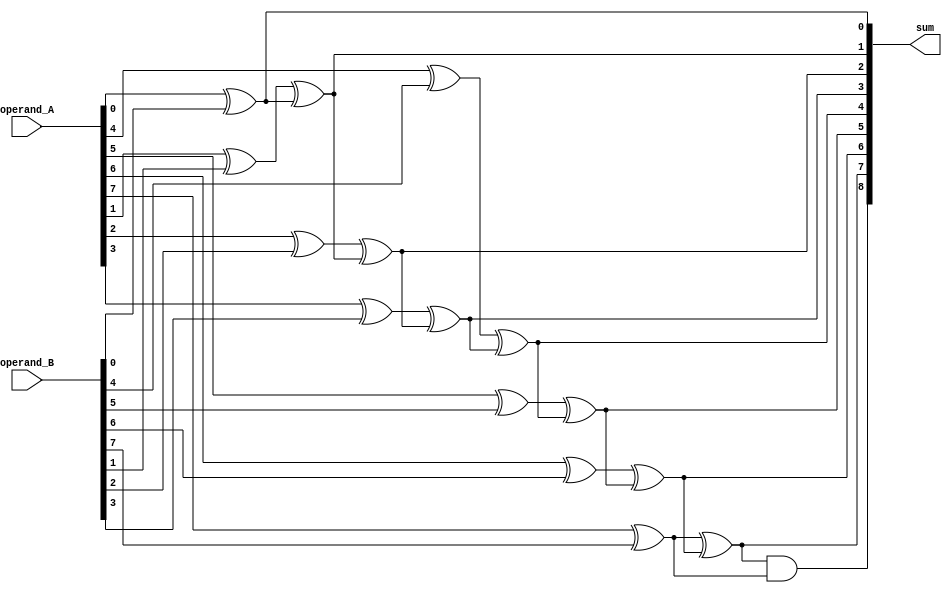
module Adder (
    input  [7:0] operand_A,
    input  [7:0] operand_B,
    output [8:0] sum
);

integer i;

always @* begin
    sum[0] = operand_A[0] ^ operand_B[0];
    for (i = 1; i < 8; i = i + 1) begin
        sum[i] = operand_A[i] ^ operand_B[i] ^ sum[i-1];
    end
    sum[8] = sum[7] & (operand_A[7] ^ operand_B[7]);
end

endmodule